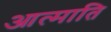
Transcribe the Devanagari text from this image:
आत्माति